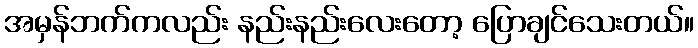
အမှန်ဘက်ကလည်း နည်းနည်းလေးတော့ ပြောချင်သေးတယ်။